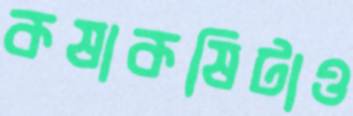
কষাকষিটাও